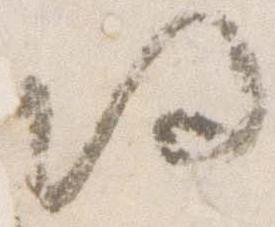
帰